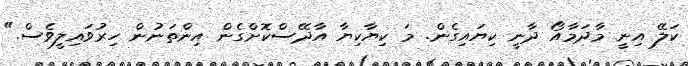
ކަލޭ އިނީ މާދަމާއޯ ދާނީ ކިޔައިގެން. މަ ކިޔާކިޔާ އާދޭސްކޮށްގެން އިންތަނުން ހިރުވައިލީވެސް."